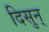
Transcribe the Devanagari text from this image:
दिसुन्